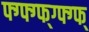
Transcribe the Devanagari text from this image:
फ्ग्फ्ग्फ्ग्फ्ग्फ्